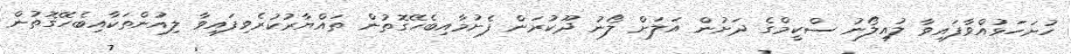
ހުށަހަޅުއްވާފައިވާ ލުއިލޯނު ސްކީމްގެ ދަށުން އަލަށް ލޯނު ދޫކުރަން ފެށުމާއިބެހޭގޮތުން ތައްޔާރުކުރެވިފައިވާ ލިއުންތަކާއިބެހޭގޮތުން